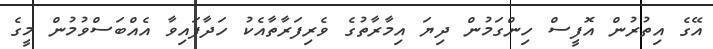
އޭގެ އިތުރުން އޮފީސް ހިންގަމުން ދިޔަ އިމާރާތުގެ ވެރިފަރާތާއެކު ހަދާފައިވާ އެއްބަސްވުމުން މީގެ